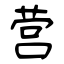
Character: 营